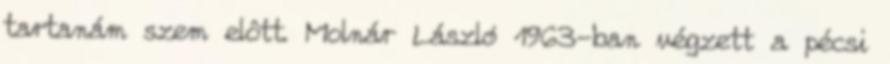
tartanám szem elôtt. Molnár László 1963-ban végzett a pécsi